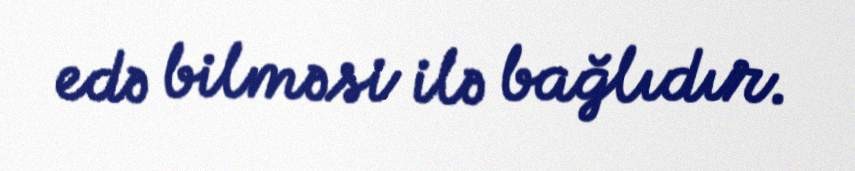
edə bilməsi ilə bağlıdır.